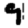
Digit: 9